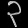
Digit: ၃